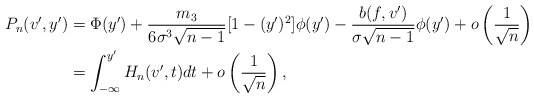
\begin{align*}P_{n}(v', y') & = \Phi(y') + \frac{m_3}{ 6 \sigma^3 \sqrt{n-1}} [1 - (y')^2] \phi(y') - \frac{ b(f, v') }{ \sigma \sqrt{n-1} } \phi(y') + o \left( \frac{ 1 }{\sqrt{n}} \right) \\& = \int_{- \infty}^{y'} H_n(v', t) dt + o \left( \frac{ 1 }{\sqrt{n}} \right), \end{align*}